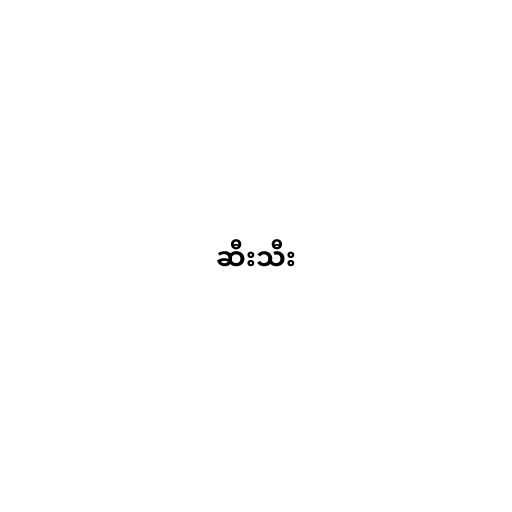
ဆီးသီး